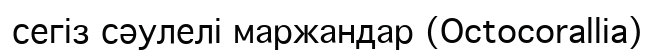
сегіз сәулелі маржандар (Octocorallіa)